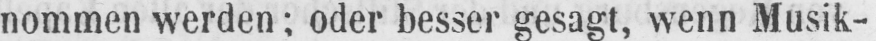
nommen werden; oder besser gesagt, wenn Musik-